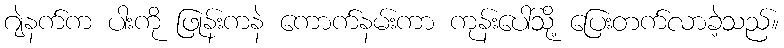
ဂျဲနက်က ပါးကို ဖြုန်းကနဲ ကောက်နမ်းကာ ကုန်းပေါ်သို့ ပြေးတက်လာခဲ့သည်။